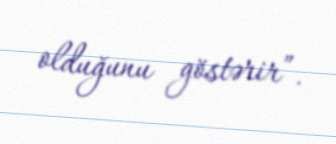
olduğunu göstərir”.